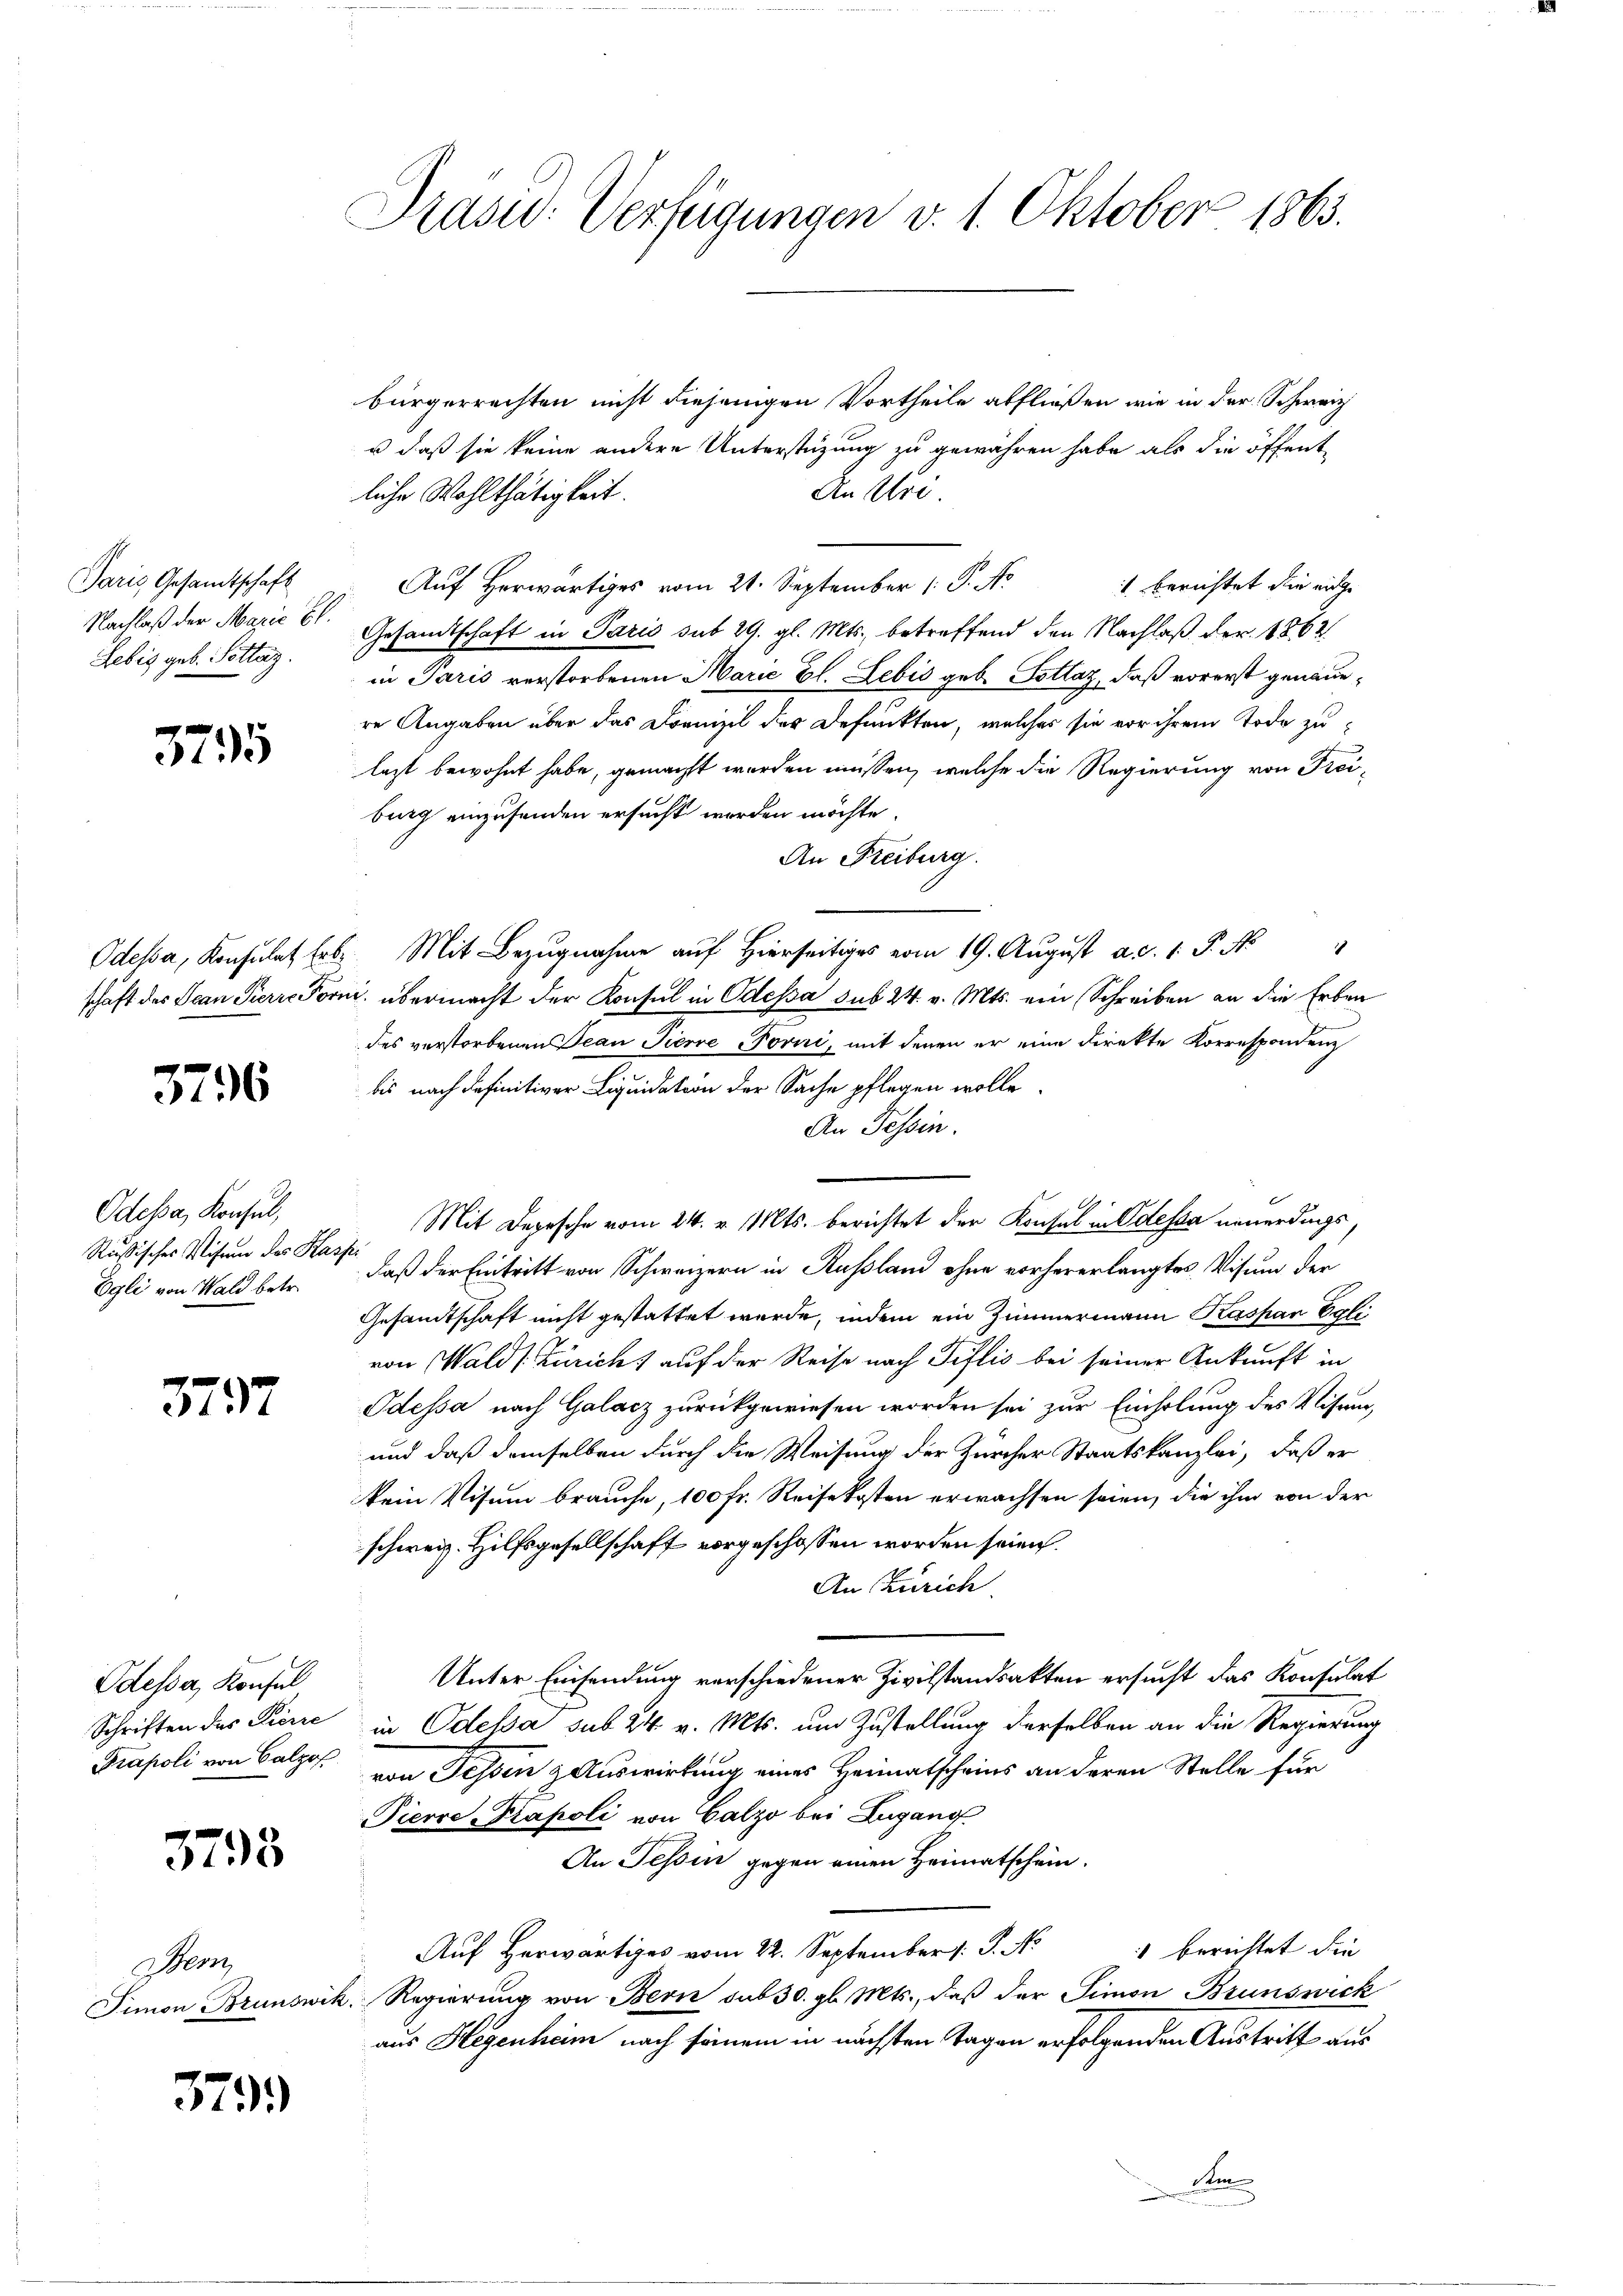
Paris Gesandtschaft
Lebis geb. Pettaz.

3795

376

Odessa, Konsul,
Rußisches Weisung des Kasse.
Egli von Wald betr.

3797

Odessa, Konfel
Schriften des Pierre

3793

Stem

379.

Präsid. Verfügungen v. 1. Oktober 1863.

bürgerrechten nicht diejenigen Vortheile abfließen, wie in der Schweiz
u daß sie keine andere Unterstüzung zu gewähren habe, als die öffentliche Wohlthätigkeit.
An Uri
Aŭf herwärtiges vom 21. September (: P. Nr. 1 berichtet die eidge
Nachlaß der Marić E. Gesandtschaft in Paris sub 29. gl. Mts. betreffend den Nachlaß der 1862
in Paris verstorbenen Marie Bl. Lebis geb. Potlaz, daß vorerst genauere Angaben über das Domizil der Defunkten, welches sie vor ihrem Tode zulezt bewohnt habe, gemacht worden müssen, welche die Regierung von Freiburg einzusenden ersucht werden möchte.
An Freiburg.
Odessa, Konsulat Erbe Mit Bezugnahme auf hierseitig vom 19. Aŭgŭst a.d. 1. P. N
schäft des Jean Pierre Forni, übermacht der Konsul in Odessa sub 24. v. Mts. ein Schreiben an die Erben
des verstorbenen Bean Pierre Foviri, mit denen er eine direkte Korrespondenz
bis nach definitiver Liquidation der Sache pflegen wolle.
An Tessin.
Mit Depesche vom 24. v. Mts. berichtet der Konsul in Odessa neuerdings
daß der Eintritt von Schweizern in Rußland ohne vorhererlangtes Visum der
Gesandtschaft nicht gestattet werde, indem ein Zimmermann Kaspar Eglivon Wald (Züricht auf der Reise nach Tislis bei seiner Ankunft in
Odessa nach Galacz zurückgewiesen worden sei zur Einholung des Visum,
und daß demselben durch die Weisung der Zürcher Staatskanzlei, daß er
kein Visum brauche, 100 fr. Reisekosten erwachsen seien, die ihm von der
schweiz. Hilfsgesellschaft vorgeschossen worden seien.
An Zürich
Unter Einsendung verschiedener Zivilstandsakten ersucht das Konsulat
in Odessa sub 24 v. Mts. um Zustellung derselben an die Regierung
Prupoli von Balzos. von Fessen & Auswirkung eines Heimatscheins an deren Stelle für
Pierre-Kapoli von Calzo bei Lugano
An Tessin gegen einen Heimatschein.
Auf Herwärtiges vom 22. September 1 S. Nr. 1 berichtet die
Simon Brunswik. Regierung von Bern sub 30. gl. Mts., daß der Simon Brunswick
aus Hegenheim nach seinem in nächsten Tagen erfolgenden Austritt aus
e